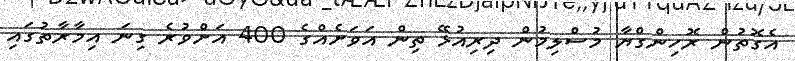
އެގޮތުން ރޮހިންގްޔާ މުސްލިމުން ދިރިއުޅޭ ތިން އަވަށެއްގެ 400 އަށްވުރެ ގިނަ އިމާރާތުގައި